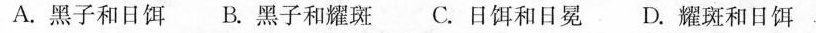
A.黑子和日饵 B.黑子和耀斑 C.日饵和日冕 D.耀斑和日饵